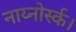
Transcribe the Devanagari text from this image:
नाय्नोर्स्क।